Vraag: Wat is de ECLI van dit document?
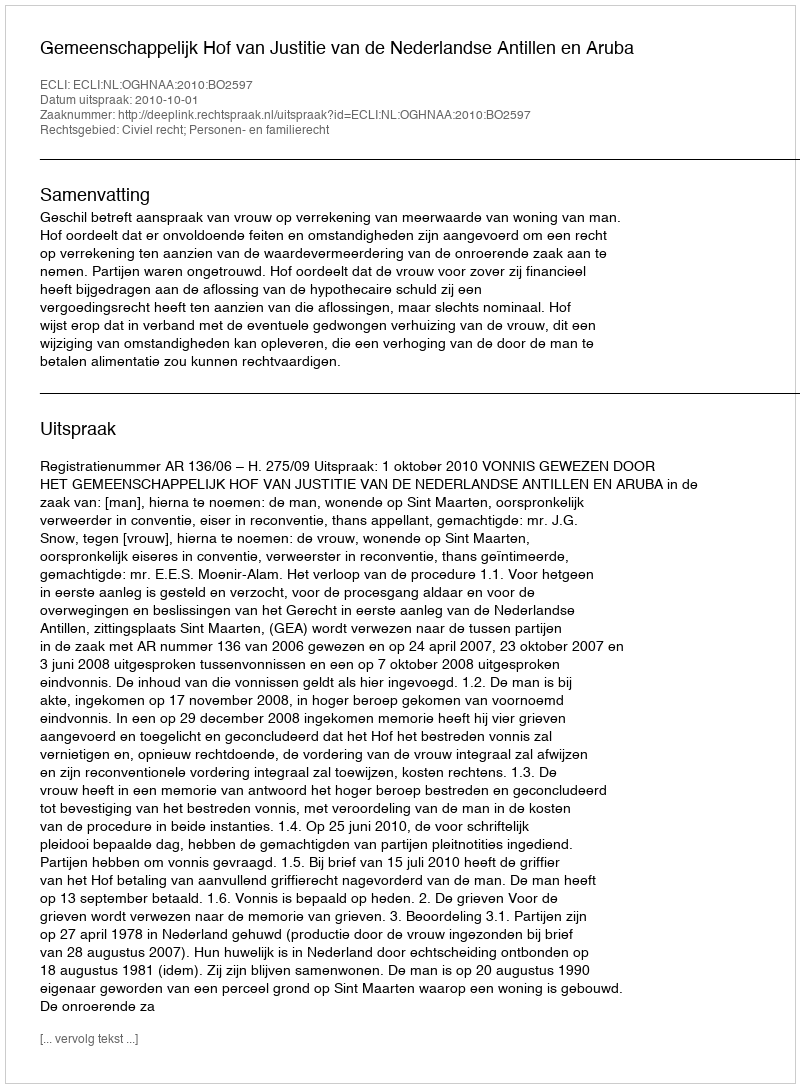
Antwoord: ECLI:NL:OGHNAA:2010:BO2597